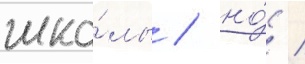
шко́лы / но́ /